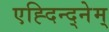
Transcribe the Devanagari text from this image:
एह्दिन्द्नेम्